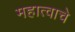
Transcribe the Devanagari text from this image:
महात्वाचे